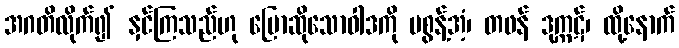
အဂတိလိုက်၍ နှင်ကြသည်ဟု ပြောဆိုသောဝါဒကို မစွန့်အံ့၊ တဖန် ဒုက္ကဋ်၊ ထို့နောက်